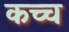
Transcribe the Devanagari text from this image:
कच्च